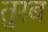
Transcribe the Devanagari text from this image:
तुरब